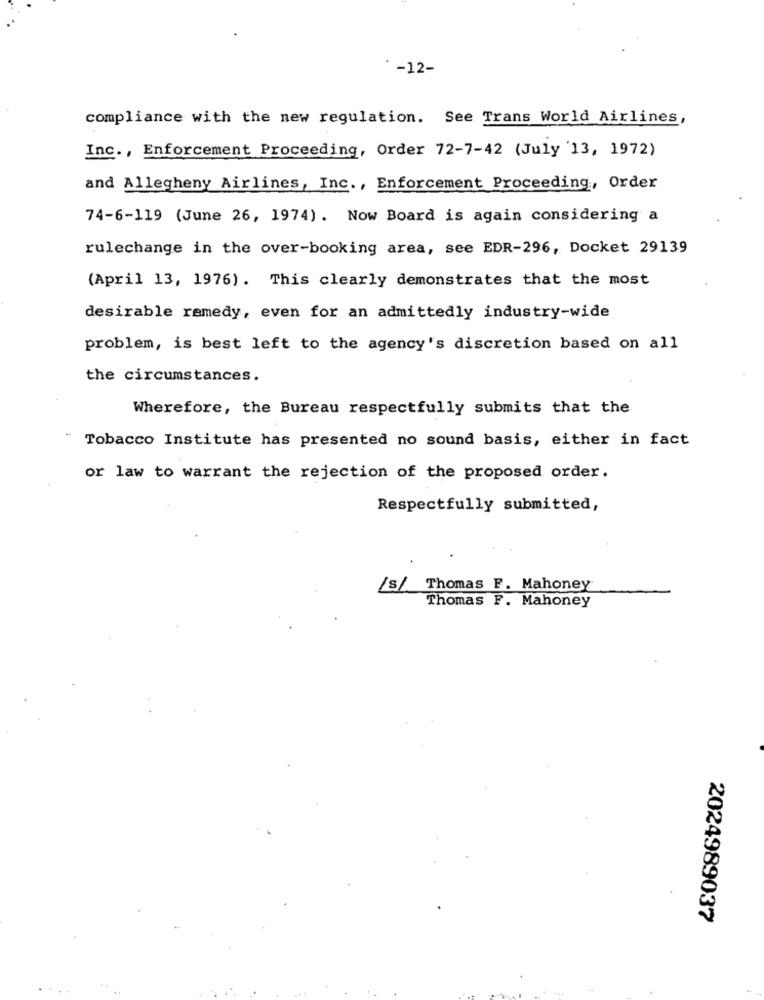
*- 12-
compliance with the new regulation. See Trans World Airlines,
Inc ., Enforcement Proceeding, Order 72-7-42 (July '13, 1972)
and Allegheny Airlines, Inc ., Enforcement Proceeding, Order
74-6-119 (June 26, 1974). Now Board is again considering a
rulechange in the over-booking area, see EDR-296, Docket 29139
(April 13, 1976). This clearly demonstrates that the most
desirable remedy, even for an admittedly industry-wide
problem, is best left to the agency's discretion based on all
the circumstances.
Wherefore, the Bureau respectfully submits that the
Tobacco Institute has presented no sound basis, either in fact
or law to warrant the rejection of the proposed order.
Respectfully submitted,
/s/ Thomas F. Mahoney
Thomas F. Mahoney
2024989037